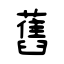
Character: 舊